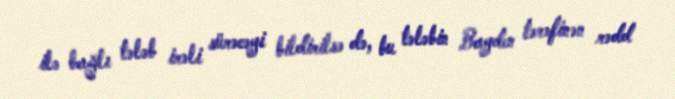
ilə bağlı tələb irəli sürəcəyi bildirilsə də, bu tələbin Bayden tərəfinən rədd